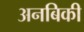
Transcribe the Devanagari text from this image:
अनबिकी